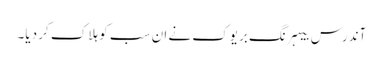
آندرس بیہرنگ بریوک نے ان سب کو ہلاک کر دیا۔